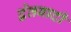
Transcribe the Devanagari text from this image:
द्वेतवादी